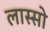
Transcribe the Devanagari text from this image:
लास्सो